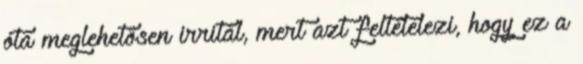
óta meglehetősen irritál, mert azt feltételezi, hogy ez a